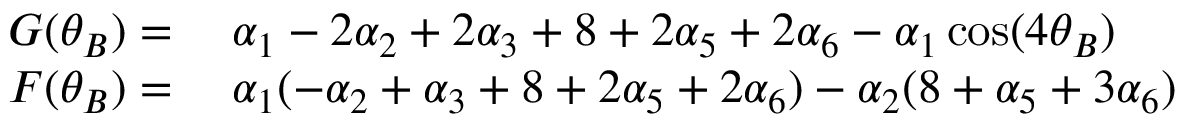
\begin{array} { r l } { G ( \theta _ { B } ) = } & { { } \; \alpha _ { 1 } - 2 \alpha _ { 2 } + 2 \alpha _ { 3 } + 8 + 2 \alpha _ { 5 } + 2 \alpha _ { 6 } - \alpha _ { 1 } \cos ( 4 \theta _ { B } ) } \\ { F ( \theta _ { B } ) = } & { { } \; \alpha _ { 1 } ( - \alpha _ { 2 } + \alpha _ { 3 } + 8 + 2 \alpha _ { 5 } + 2 \alpha _ { 6 } ) - \alpha _ { 2 } ( 8 + \alpha _ { 5 } + 3 \alpha _ { 6 } ) } \end{array}